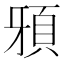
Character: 䪵